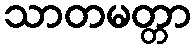
သာတမတ္တာ